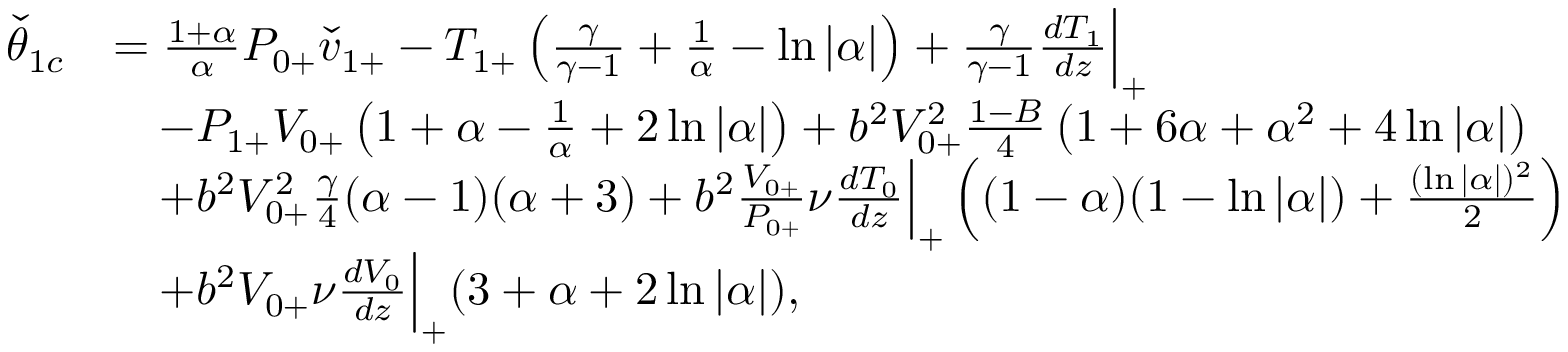
\begin{array} { r l } { \check { \theta } _ { 1 c } } & { = \frac { 1 + \alpha } { \alpha } P _ { 0 + } \check { v } _ { 1 + } - { T } _ { 1 + } \left( \frac { \gamma } { \gamma - 1 } + \frac { 1 } { \alpha } - \ln { | \alpha | } \right) + \frac { \gamma } { \gamma - 1 } \frac { d T _ { 1 } } { d z } \Big | _ { + } } \\ & { \quad - P _ { 1 + } V _ { 0 + } \left( 1 + \alpha - \frac { 1 } { \alpha } + 2 \ln { | \alpha | } \right) + b ^ { 2 } { V } _ { 0 + } ^ { 2 } \frac { 1 - B } { 4 } \left( 1 + 6 \alpha + \alpha ^ { 2 } + 4 \ln { | \alpha | } \right) } \\ & { \quad + b ^ { 2 } { V } _ { 0 + } ^ { 2 } \frac { \gamma } { 4 } ( \alpha - 1 ) ( \alpha + 3 ) + b ^ { 2 } \frac { V _ { 0 + } } { P _ { 0 + } } \nu \frac { d T _ { 0 } } { d z } \Big | _ { + } \left( ( 1 - \alpha ) ( 1 - \ln { | \alpha | } ) + \frac { ( \ln { | \alpha | } ) ^ { 2 } } { 2 } \right) } \\ & { \quad + b ^ { 2 } V _ { 0 + } \nu \frac { d V _ { 0 } } { d z } \Big | _ { + } ( 3 + \alpha + 2 \ln { | \alpha | } ) , } \end{array}